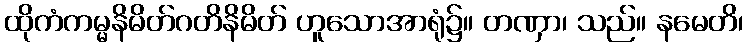
ထိုကံကမ္မနိမိတ်ဂတိနိမိတ် ဟူသောအာရုံ၌။ တဏှာ၊ သည်။ နမေတိ၊